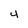
Character: 4